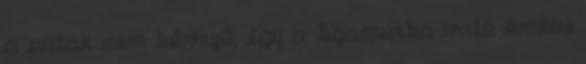
a patak nem bővizű, így a Szamosba való ömlése